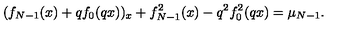
( f _ { N - 1 } ( x ) + q f _ { 0 } ( q x ) ) _ { x } + f _ { N - 1 } ^ { 2 } ( x ) - q ^ { 2 } f _ { 0 } ^ { 2 } ( q x ) = \mu _ { N - 1 } .